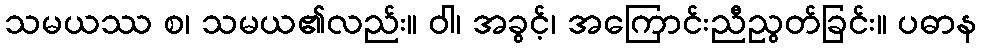
သမယဿ စ၊ သမယ၏လည်း။ ဝါ၊ အခွင့်၊ အကြောင်းညီညွတ်ခြင်း။ ပဓာန